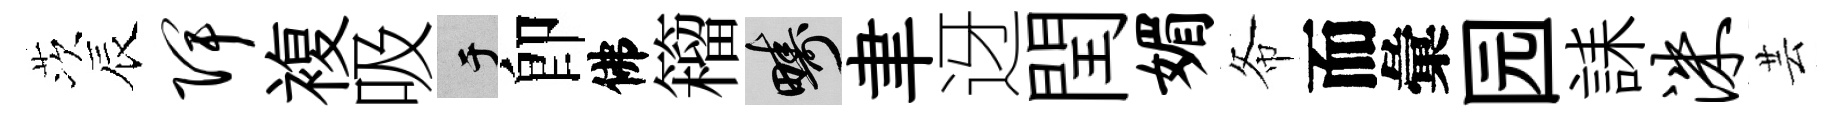
茨辰陴複吸于卽佛籕疇聿迓閏媚𢁙而彙园誄洙芸